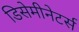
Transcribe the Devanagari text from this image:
डिसेमीनेटर्स